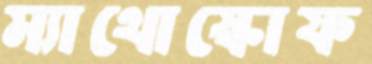
ম্যাথোস্কোফ